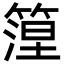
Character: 篞